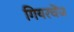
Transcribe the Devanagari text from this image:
गियरचेंज